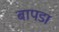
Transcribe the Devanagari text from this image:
बापडा